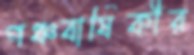
পঞ্চবার্ষিকীর